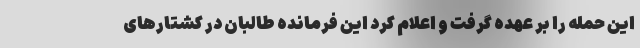
این حمله را بر عهده گرفت و اعلام کرد این فرمانده طالبان در کشتارهای